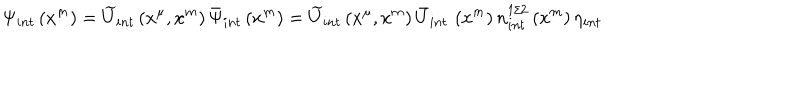
\hspace { - 1 . 5 c m } \Psi _ { i n t } \left( x ^ { m } \right) = \widetilde { U } _ { i n t } \left( x ^ { \mu } , x ^ { m } \right) \bar { \Psi } _ { i n t } \left( x ^ { m } \right) = \widetilde { U } _ { i n t } \left( x ^ { \mu } , x ^ { m } \right) \bar { U } _ { i n t } \, \left( x ^ { m } \right) n _ { i n t } ^ { 1 / 2 } \left( x ^ { m } \right) \eta _ { i n t }